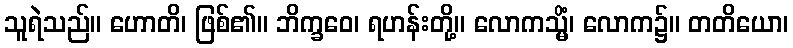
သူရဲသည်။ ဟောတိ၊ ဖြစ်၏။ ဘိက္ခဝေ၊ ရဟန်းတို့။ လောကသ္မိံ၊ လောက၌။ တတိယော၊